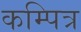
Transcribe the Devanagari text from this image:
कम्पित्र